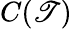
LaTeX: C(\mathscr{T})